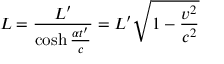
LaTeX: L = { \frac { L ^ { \prime } } { \cosh { \frac { \alpha t ^ { \prime } } { c } } } } = L ^ { \prime } { \sqrt { 1 - { \frac { v ^ { 2 } } { c ^ { 2 } } } } }